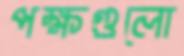
পক্ষগুলো